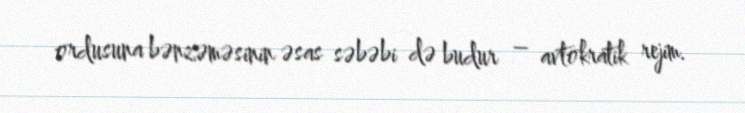
ordusuna bənzəməsinin əsas səbəbi də budur – avtokratik rejim.